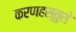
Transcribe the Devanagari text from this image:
करणहस्तुशे